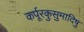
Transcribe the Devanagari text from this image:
कर्पूरकुसुमादिषु